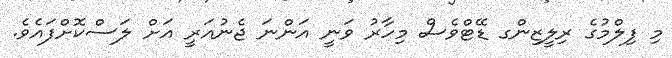
މި ފިލްމުގެ ރިލީޒިންގ ޑޭޓްވެސް މިހާރު ވަނީ އަންނަ ޖެނުއަރީ އަށް ލަސްކޮށްފައެވެ.